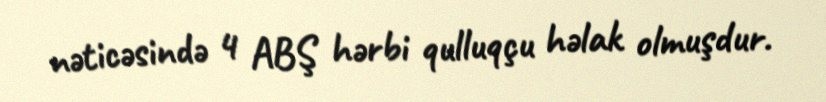
nəticəsində 4 ABŞ hərbi qulluqçu həlak olmuşdur.